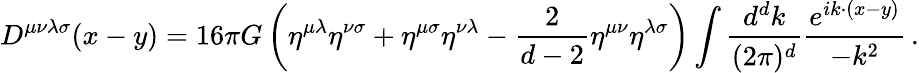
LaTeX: D^{\mu\nu\lambda\sigma}(x-y)=16\pi G\left(\eta^{\mu\lambda}\eta^{\nu\sigma}+\eta^{\mu\sigma}\eta^{\nu\lambda}-{\frac{2}{d-2}}\eta^{\mu\nu}\eta^{\lambda\sigma}\right)\int{\frac{d^{d}k}{(2\pi)^{d}}}{\frac{e^{ik\cdot(x-y)}}{-k^{2}}}\, .